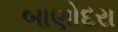
બાણોદરા